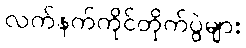
လက်နက်ကိုင်တိုက်ပွဲများ